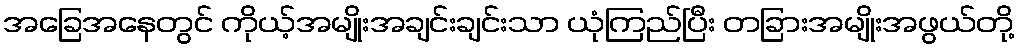
အခြေအနေတွင် ကိုယ့်အမျိုးအချင်းချင်းသာ ယုံကြည်ပြီး တခြားအမျိုးအဖွယ်တို့